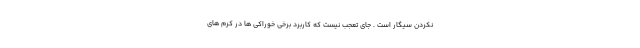
نکردن سیگار است . جای تعجب نیست که کاربرد برخی خوراکی ها در کرم های